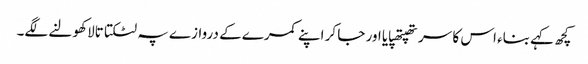
کچھ کہے بناء اس کا سر تھپتھپایا اور جا کر اپنے کمرے کے دروازے پہ لٹکتا تالا کھولنے لگے۔